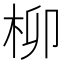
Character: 柳